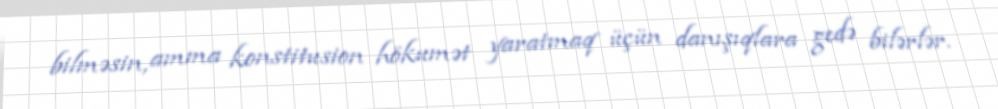
bilməsin, amma konstitusion hökumət yaratmaq üçün danışıqlara gedə bilərlər.